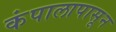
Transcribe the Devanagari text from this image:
कंपालापासून